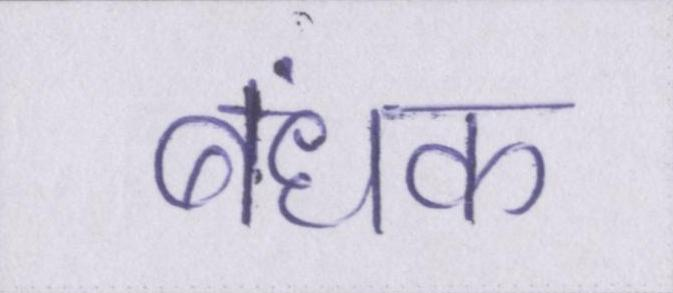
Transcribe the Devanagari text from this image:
बंधक